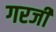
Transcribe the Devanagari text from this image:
गरजीं